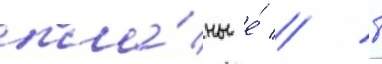
пла́ны е́ // Т